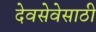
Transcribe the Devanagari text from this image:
देवसेवेसाठी